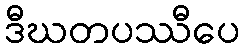
ဒီဃတပဿီပေ